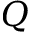
Q